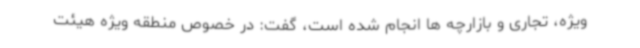
ویژه، تجاری و بازارچه ها انجام شده است، گفت: در خصوص منطقه ویژه هیئت